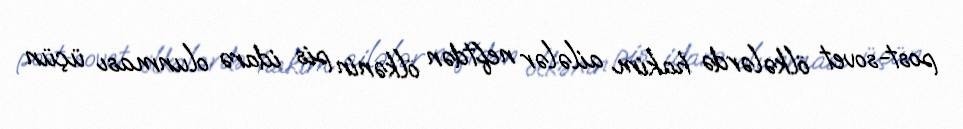
post-sovet ölkələrdə hakim ailələr neftdən ölkənin pis idarə olunması üçün